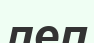
леп